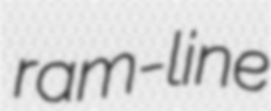
ram-line